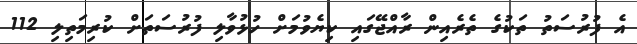
އެ ފުރުސަތު ތަކުގެ ތެރެއިން ރާއްޖޭގައި ކިޔެވުމަށް ހުޅުވާލި ފުރުސަތަށް ކުރިމަތިލި 112